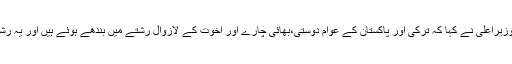
انقرہ میں ترکی کے صدر جناب عبداﷲ گل سے ملاقات میں وزیراعلیٰ نے کہا کہ ترکی اور پاکستان کے عوام دوستی،بھائی چارے اور اُخوت کے لازوال رشتے میں بندھے ہوئے ہیں اور یہ رشتہ ہر آنے والے وقت میں مضبوط سے مضبوط تر ہورہا ہے۔